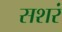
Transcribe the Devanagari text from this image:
सशरं